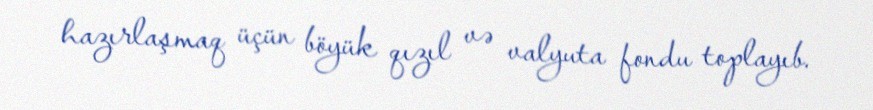
hazırlaşmaq üçün böyük qızıl və valyuta fondu toplayıb.